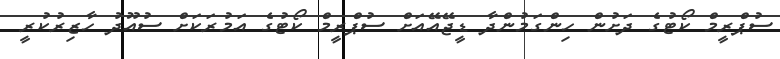
ސުޕްރީމް ކޯޓުގެ ދަށުން ހިންގަމުންދާ ޑީޖޭއޭއަށް ސުޕްރީމް ކޯޓުގެ އަމުރަކަށް ސުއޫދު ހާޒިރުކުރީ